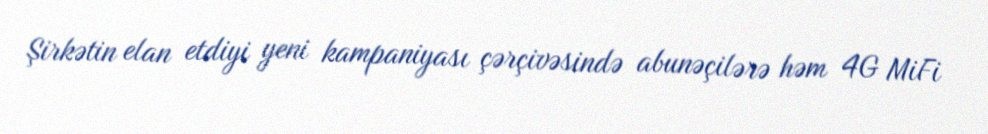
Şirkətin elan etdiyi yeni kampaniyası çərçivəsində abunəçilərə həm 4G MiFi